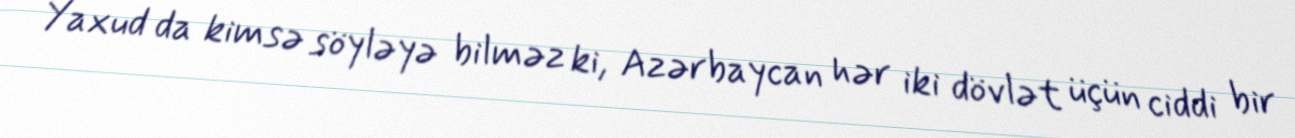
Yaxud da kimsə söyləyə bilməz ki, Azərbaycan hər iki dövlət üçün ciddi bir